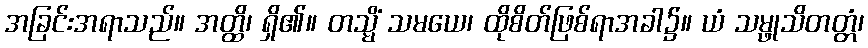
အခြင်းအရာသည်။ အတ္ထိ၊ ရှိ၏။ တသ္မိံ သမယေ၊ ထိုစိတ်ဖြစ်ရာအခါ၌။ ယံ သမ္ဖုသိတတ္တံ၊